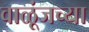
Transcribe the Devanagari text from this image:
वाळूंजच्या